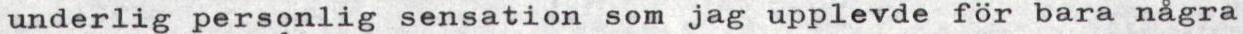
underlig personlig sensation som jag upplevde för bara några